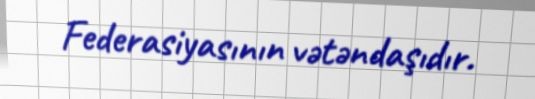
Federasiyasının vətəndaşıdır.